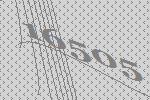
16505